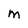
Character: M